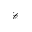
\mathcal { C }